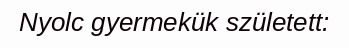
Nyolc gyermekük született: